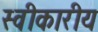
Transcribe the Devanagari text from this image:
स्वीकारीय